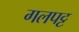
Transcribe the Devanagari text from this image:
गलपट्ट